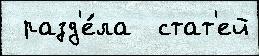
 разд'е́ла  стат'ей